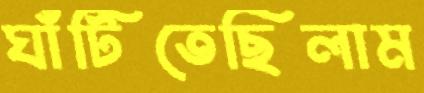
ঘাঁটিতেছিলাম